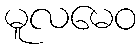
မူလမေဝ